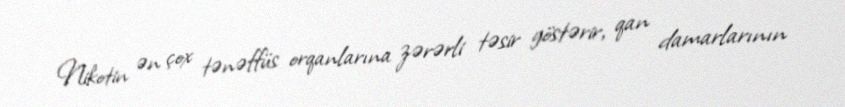
Nikotin ən çox tənəffüs orqanlarına zərərli təsir göstərir, qan damarlarının